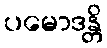
ပမောဒန္တိ